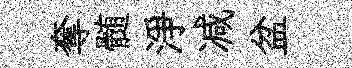
奪髄淨减盆